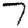
Digit: 7